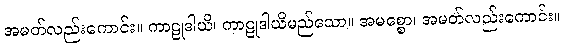
အမတ်လည်းကောင်း။ ကာဠုဒါယိ၊ ကာဠုဒါယိမည်သော။ အမစ္စော၊ အမတ်လည်းကောင်း။